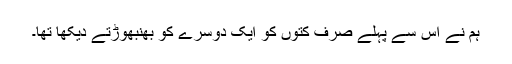
ہم نے اس سے پہلے صرف کتوں کو ایک دوسرے کو بھنبھوڑتے دیکھا تھا۔